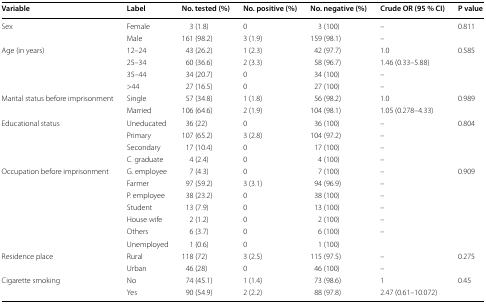
<table><thead><tr><td><b>Variable</b></td><td><b>Label</b></td><td><b>No. tested (%)</b></td><td><b>No. positive (%)</b></td><td><b>No. negative (%)</b></td><td><b>Crude OR (95 % CI)</b></td><td><b>P value</b></td></tr></thead><tbody><tr><td rowspan="2">Sex</td><td>Female</td><td>3 (1.8)</td><td>0</td><td>3 (100)</td><td>–</td><td rowspan="2">0.811</td></tr><tr><td>Male</td><td>161 (98.2)</td><td>3 (1.9)</td><td>159 (98.1)</td><td>–</td></tr><tr><td rowspan="4">Age (in years)</td><td>12–24</td><td>43 (26.2)</td><td>1 (2.3)</td><td>42 (97.7)</td><td>1.0</td><td rowspan="4">0.585</td></tr><tr><td>25–34</td><td>60 (36.6)</td><td>2 (3.3)</td><td>58 (96.7)</td><td>1.46 (0.33–5.88)</td></tr><tr><td>35–44</td><td>34 (20.7)</td><td>0</td><td>34 (100)</td><td>–</td></tr><tr><td>&gt;44</td><td>27 (16.5)</td><td>0</td><td>27 (100)</td><td>–</td></tr><tr><td rowspan="2">Marital status before imprisonment</td><td>Single</td><td>57 (34.8)</td><td>1 (1.8)</td><td>56 (98.2)</td><td>1.0</td><td rowspan="2">0.989</td></tr><tr><td>Married</td><td>106 (64.6)</td><td>2 (1.9)</td><td>104 (98.1)</td><td>1.05 (0.278–4.33)</td></tr><tr><td rowspan="4">Educational status</td><td>Uneducated</td><td>36 (22)</td><td>0</td><td>36 (100)</td><td>–</td><td rowspan="4">0.804</td></tr><tr><td>Primary</td><td>107 (65.2)</td><td>3 (2.8)</td><td>104 (97.2)</td><td>–</td></tr><tr><td>Secondary</td><td>17 (10.4)</td><td>0</td><td>17 (100)</td><td>–</td></tr><tr><td>C. graduate</td><td>4 (2.4)</td><td>0</td><td>4 (100)</td><td>–</td></tr><tr><td rowspan="7">Occupation before imprisonment</td><td>G. employee</td><td>7 (4.3)</td><td>0</td><td>7 (100)</td><td>–</td><td rowspan="7">0.909</td></tr><tr><td>Farmer</td><td>97 (59.2)</td><td>3 (3.1)</td><td>94 (96.9)</td><td>–</td></tr><tr><td>P. employee</td><td>38 (23.2)</td><td>0</td><td>38 (100)</td><td>–</td></tr><tr><td>Student</td><td>13 (7.9)</td><td>0</td><td>13 (100)</td><td>–</td></tr><tr><td>House wife</td><td>2 (1.2)</td><td>0</td><td>2 (100)</td><td>–</td></tr><tr><td>Others</td><td>6 (3.7)</td><td>0</td><td>6 (100)</td><td>–</td></tr><tr><td>Unemployed</td><td>1 (0.6)</td><td>0</td><td>1 (100)</td><td></td></tr><tr><td rowspan="2">Residence place</td><td>Rural</td><td>118 (72)</td><td>3 (2.5)</td><td>115 (97.5)</td><td>–</td><td rowspan="2">0.275</td></tr><tr><td>Urban</td><td>46 (28)</td><td>0</td><td>46 (100)</td><td>–</td></tr><tr><td rowspan="2">Cigarette smoking</td><td>No</td><td>74 (45.1)</td><td>1 (1.4)</td><td>73 (98.6)</td><td>1</td><td rowspan="2">0.45</td></tr><tr><td>Yes</td><td>90 (54.9)</td><td>2 (2.2)</td><td>88 (97.8)</td><td>2.47 (0.61–10.072)</td></tr></tbody></table>